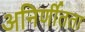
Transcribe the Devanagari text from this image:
अनिर्णीतता